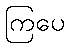
ကြပေ